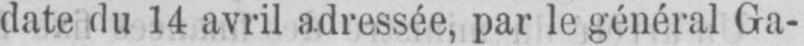
date du 14 avril adressée, par le général Ga-